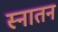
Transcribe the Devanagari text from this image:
स्नातन